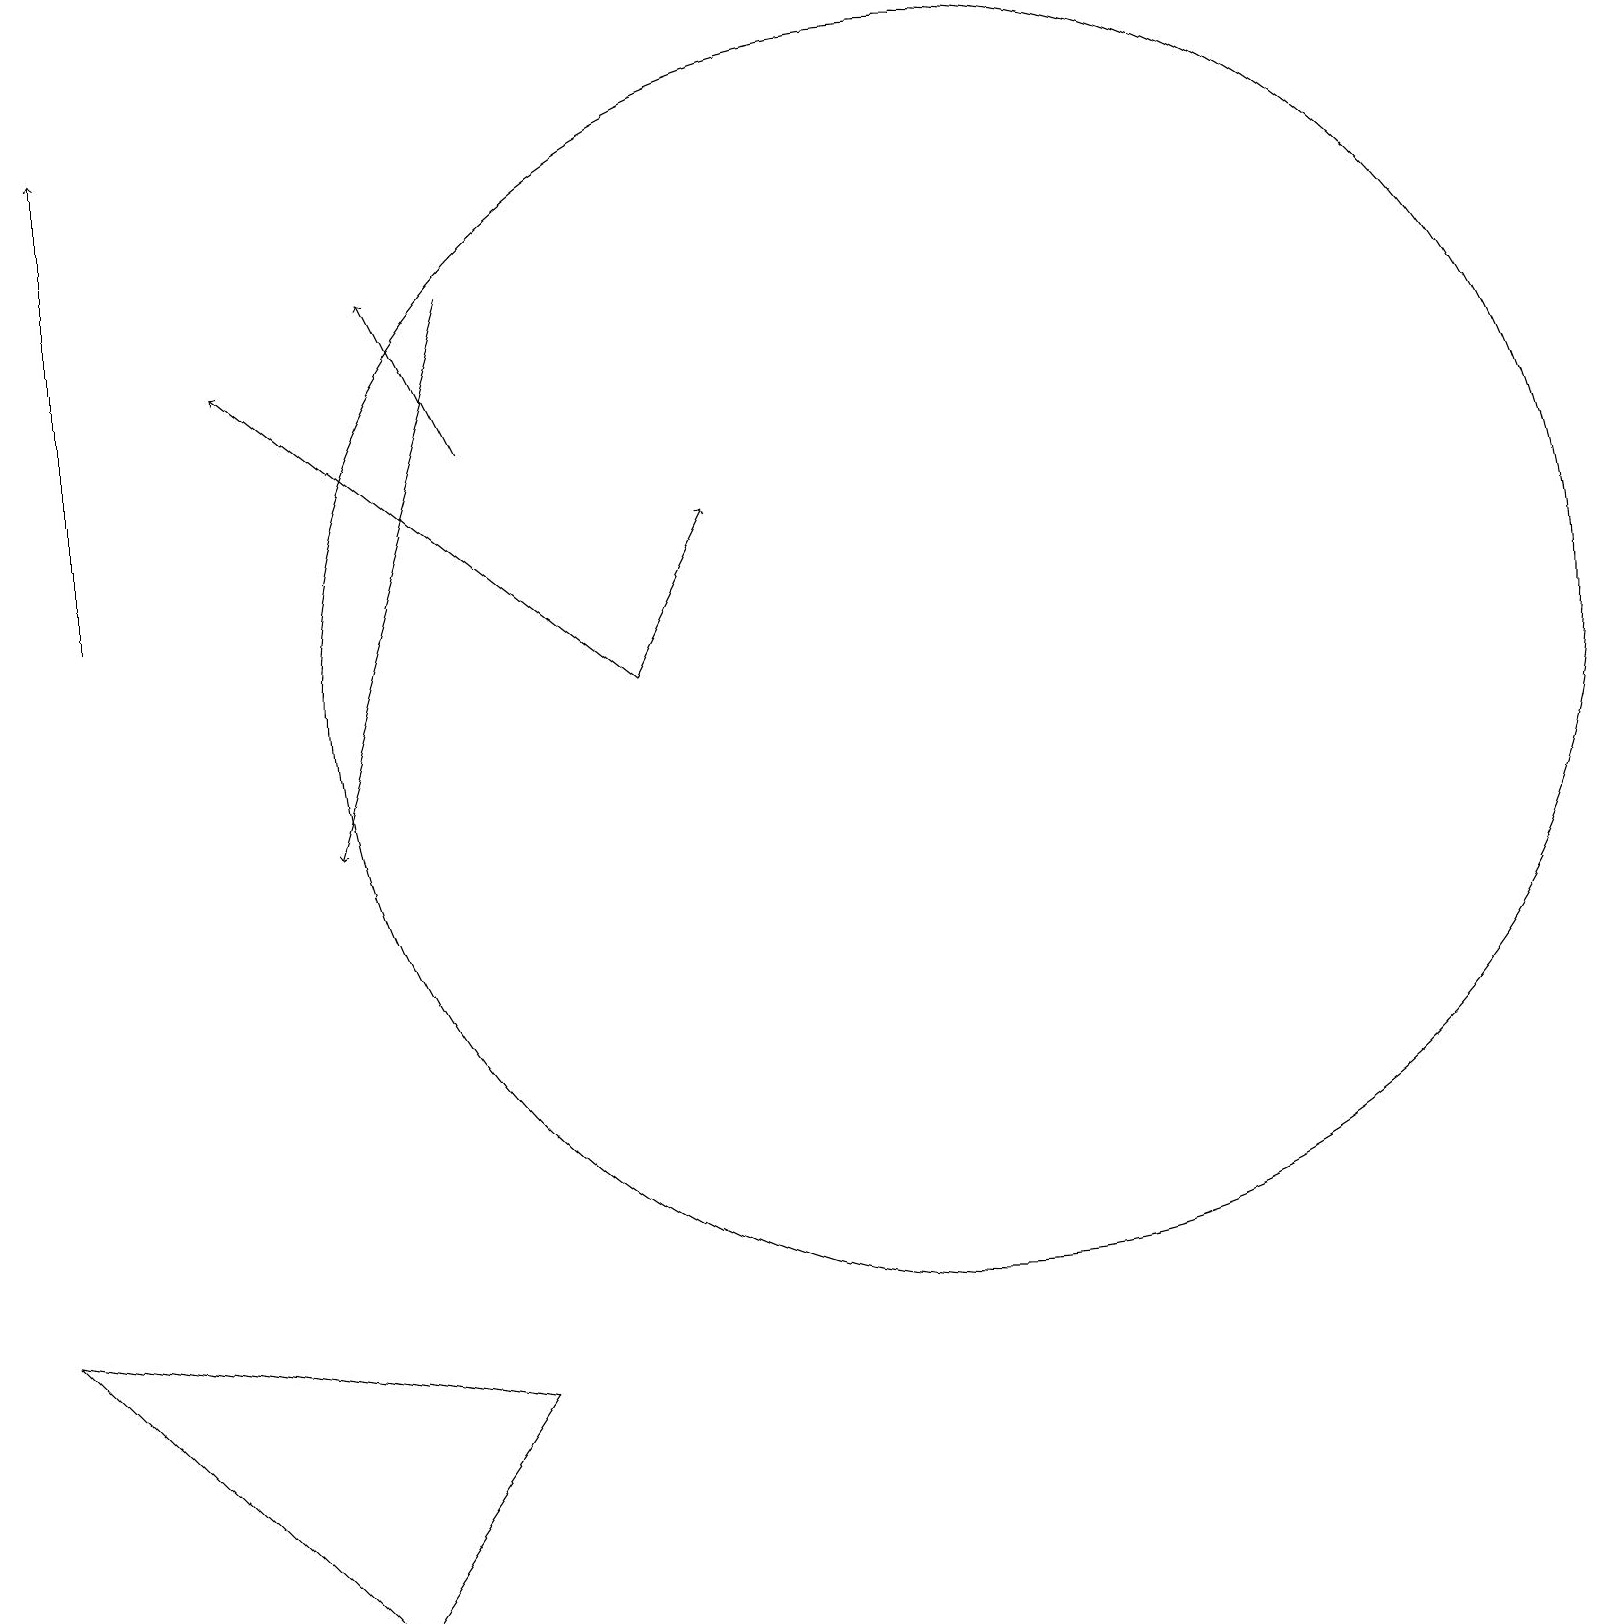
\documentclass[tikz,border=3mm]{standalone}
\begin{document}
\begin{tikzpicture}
\draw (6,3) -- (0,4) -- (4,0) -- cycle;
\draw[->] (1,13) -- (1,19);
\draw[->] (8,12) -- (9,14);
\draw[->] (6,17) -- (4,10);
\draw[->] (6,15) -- (5,17);
\draw (12,12) circle (8);
\draw[->] (8,12) -- (3,16);
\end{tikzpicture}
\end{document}